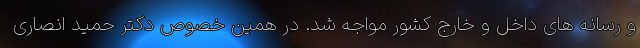
و رسانه های داخل و خارج کشور مواجه شد. در همین خصوص دکتر حمید انصاری